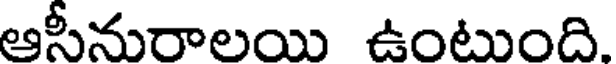
ఆసీనురాలయి ఉంటుంది.